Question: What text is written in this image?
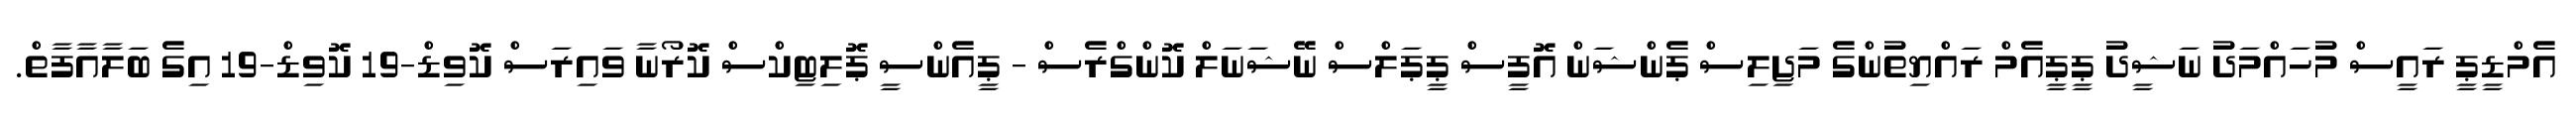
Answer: އެމްޑީޕީ ރައީސް މުހައްމަދު ނަޝީދު ޕީޕީއެމް ރައްޔިތުންގެ މަޖިލިސް ޕެންޝަން އޮފީސް ޕީޕަލްސް ނޭޝަނަލް ކޮންގްރެސް - ޕީއެންސީ ޕޮލިޓިކްސް ކޮރޯނާ ވައިރަސް ކޮވިޑް-19 ކޮވިޑް-19 އިގެ ބަލާއާފާތް.